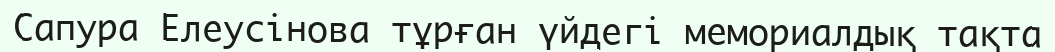
Сапура Елеусінова тұрған үйдегі мемориалдық тақта